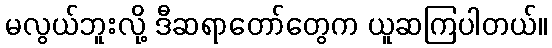
မလွယ်ဘူးလို့ ဒီဆရာတော်တွေက ယူဆကြပါတယ်။